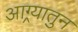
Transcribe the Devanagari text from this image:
आग्र्यातुन